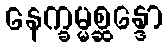
နေက္ခမ္မစ္ဆန္ဒော